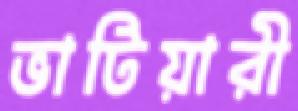
ভাটিয়ারী